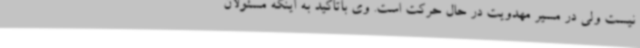
نیست ولی در مسیر مهدویت در حال حرکت است. وی باتاکید به اینکه مسئولان